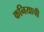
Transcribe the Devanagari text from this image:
कनियाची